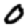
Digit: 0